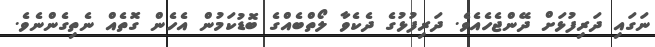
ނަގައި ދަރިފުޅަށް ދޭންޖެހެއެވެ. ދަރިފުޅުގެ ދެކެވާ ލޯތްބެއްގެ ބޮޑުކަމުން އެހެން ގޮތެއް ނެތިގެންނެވެ.